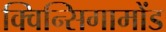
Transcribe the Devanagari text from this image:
क्विन्सिगामोंड